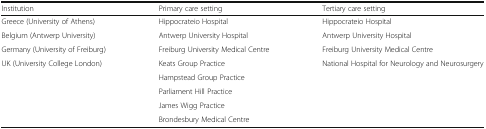
<table><thead><tr><td><b>Institution</b></td><td><b>Primary care setting</b></td><td><b>Tertiary care setting</b></td></tr></thead><tbody><tr><td>Greece (University of Athens)</td><td>Hippocrateio Hospital</td><td>Hippocrateio Hospital</td></tr><tr><td>Belgium (Antwerp University)</td><td>Antwerp University Hospital</td><td>Antwerp University Hospital</td></tr><tr><td>Germany (University of Freiburg)</td><td>Freiburg University Medical Centre</td><td>Freiburg University Medical Centre</td></tr><tr><td rowspan="5">UK (University College London)</td><td>Keats Group Practice</td><td rowspan="5">National Hospital for Neurology and Neurosurgery</td></tr><tr><td>Hampstead Group Practice</td></tr><tr><td>Parliament Hill Practice</td></tr><tr><td>James Wigg Practice</td></tr><tr><td>Brondesbury Medical Centre</td></tr></tbody></table>